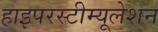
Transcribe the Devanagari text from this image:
हाइपरस्टीम्यूलेशन